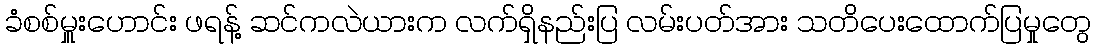
ခံစစ်မှူးဟောင်း ဖရန့် ဆင်ကလဲယားက လက်ရှိနည်းပြ လမ်းပတ်အား သတိပေးထောက်ပြမှုတွေ